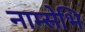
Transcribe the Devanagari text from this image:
नाम्सेभि